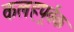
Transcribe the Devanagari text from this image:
कलहपूर्वक